Indian journal of veterinary science and animal husbandry - Volume 14,
Year: 1944
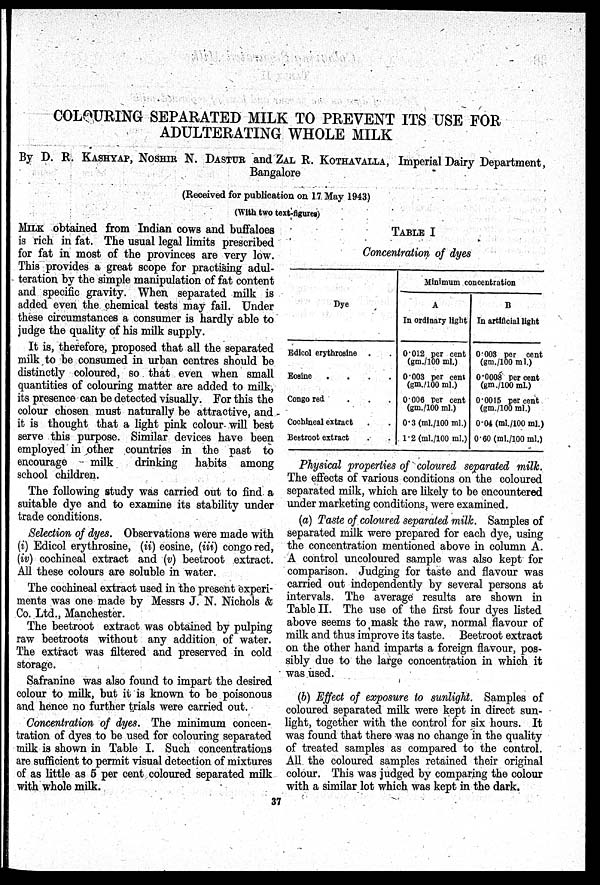
COLOURING SEPARATED MILK TO PREVENT ITS USE FOR
ADULTERATING WHOLE MILK
By D. R. KASHYAP, NOSHIR N. DASTUR and ZAL R. KOTHAVALLA, Imperial Dairy Department,
Bangalore
(Received for publication on 17 May 1943)
(With two text-figures)
MILK obtained from Indian cows and buffaloes
is rich in fat. The usual legal limits prescribed
for fat in most of the provinces are very low.
This provides a great scope for practising adul-
teration by the simple manipulation of fat content
and specific gravity. When separated milk is
added even the chemical tests may fail. Under
these circumstances a consumer is hardly able to
judge the quality of his milk supply.
It is, therefore, proposed that all the separated
milk to be consumed in urban centres should be
distinctly coloured, so that even when small
quantities of colouring matter are added to milk,
its presence can be detected visually. For this the
colour chosen must naturally be attractive, and
it is thought that a light pink colour will best
serve this purpose. Similar devices have been
employed in other countries in the past to
encourage
milk
drinking
habits among
school children.
The following study was carried out to find a
suitable dye and to examine its stability under
trade conditions.
Selection of dyes. Observations were made with
(i) Edicol erythrosine, (ii) eosine, (iii) congo red,
(iv) cochineal extract and (v) beetroot extract.
All these colours are soluble in water.
The cochineal extract used in the present experi-
ments was one made by Messrs J. N. Nichols &
Co. Ltd., Manchester.
The beetroot extract was obtained by pulping
raw beetroots without any addition of water.
The extract was filtered and preserved in cold
storage.
Safranine was also found to impart the desired
colour to milk, but it is known to be poisonous
and hence no further trials were carried out.
Concentration of dyes. The minimum concen-
tration of dyes to be used for colouring separated
milk is shown in Table I. Such concentrations
are sufficient to permit visual detection of mixtures
of as little as 5 per cent coloured separated milk
with whole milk.
TABLE I
Concentration of dyes
Dye
Edicol erythrosine . .
Eosine
.
.
.
.
Congo red
.
.
.
Cochineal extract . .
Beetroot extract . .
Minimum concentration
A
In ordinary light
0.012 per cent
(gm./100 ml.)
0.003 per cent
(gm./100 ml.)
0.006 per cent
(gm./100 ml.)
0.3 (ml./100ml.)
1.2 (ml./100 ml.)
B
In artificial light
0.003 per cent
(gm./100 ml.)
0.0008 per cent
(gm./100 ml.)
0.0015 per cent
(gm./100 ml.)
0.04 (ml./100ml.)
0.60 (ml./100ml.)
Physical properties of coloured separated milk.
The effects of various conditions on the coloured
separated milk, which are likely to be encountered
under marketing conditions, were examined.
(a) Taste of coloured separated milk. Samples of
separated milk were prepared for each dye, using
the concentration mentioned above in column A.
A control uncoloured sample was also kept for
comparison. Judging for taste and flavour was
carried out independently by several persons at
intervals. The average results are shown in
Table II. The use of the first four dyes listed
above seems to mask the raw, normal flavour of
milk and thus improve its taste. Beetroot extract
on the other hand imparts a foreign flavour, pos-
sibly due to the large concentration in which it
was used.
(b) Effect of exposure to sunlight. Samples of
coloured separated milk were kept in direct sun-
light, together with the control for six hours. It
was found that there was no change in the quality
of treated samples as compared to the control.
All the coloured samples retained their original
colour. This was judged by comparing the colour
with a similar lot which was kept in the dark.
37